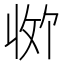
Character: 𪯊